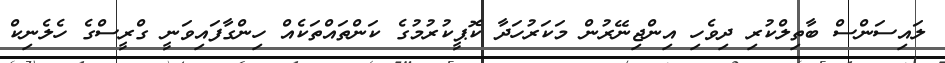
ލައިސަންސް ބާތިލްކުރި ދިވެހި އިންޖިނޭރުން މަކަރުހަދާ ކޮޕީކުރުމުގެ ކަންތައްތަކެއް ހިންގާފައިވަނީ ގްރީސްގެ ހެލެނިކް